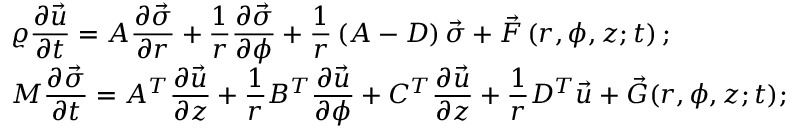
\begin{array} { l } { \displaystyle \varrho \frac { \partial \vec { u } } { \partial t } = A \frac { \partial \vec { \sigma } } { \partial r } + \frac { 1 } { r } \frac { \partial { \vec { \sigma } } } { \partial \phi } + \displaystyle \frac { 1 } { r } \left( A - D \right) \vec { \sigma } + \vec { F } \left( r , \phi , z ; t \right) ; } \\ { \displaystyle M \frac { \partial \vec { \sigma } } { \partial t } = A ^ { T } \frac { \partial \vec { u } } { \partial z } + \frac { 1 } { r } B ^ { T } \frac { \partial \vec { u } } { \partial \phi } + C ^ { T } \frac { \partial { \vec { u } } } { \partial z } + \frac { 1 } { r } D ^ { T } \vec { u } + \vec { G } ( r , \phi , z ; t ) ; } \end{array}